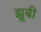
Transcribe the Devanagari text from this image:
झूबी